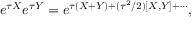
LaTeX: e ^ { \tau X } e ^ { \tau Y } = e ^ { \tau ( X + Y ) + ( \tau ^ { 2 } / 2 ) [ X , Y ] + \cdots } ,